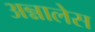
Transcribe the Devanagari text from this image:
अन्नालेस